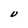
Character: U